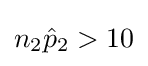
n_{2}{\hat {p}}_{2}>10